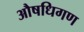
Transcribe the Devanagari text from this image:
औषधिगण